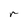
Character: r